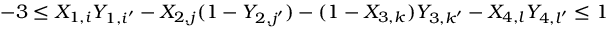
- 3 \le X _ { 1 , i } Y _ { 1 , i ^ { \prime } } - X _ { 2 , j } ( 1 - Y _ { 2 , j ^ { \prime } } ) - ( 1 - X _ { 3 , k } ) Y _ { 3 , k ^ { \prime } } - X _ { 4 , l } Y _ { 4 , l ^ { \prime } } \le 1